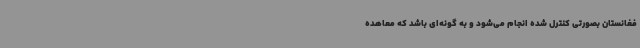
فغانستان بصورتی کنترل شده انجام می‌شود و به گونه‌ای باشد که معاهده